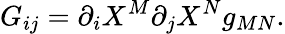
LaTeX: G_{ij}={\partial_{i}}X^{M}{\partial_{j}}X^{N}g_{MN}.